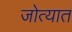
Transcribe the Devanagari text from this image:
जोत्यात